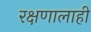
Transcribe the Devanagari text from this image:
रक्षणालाही